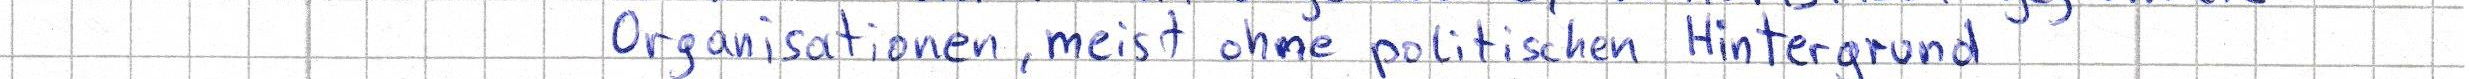
Organisationen, meist ohne politischen Hintergrund